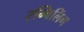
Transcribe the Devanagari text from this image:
रम्बिलिंग